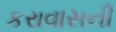
કરાવાસની